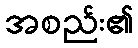
အစည်း၏